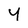
Character: Y